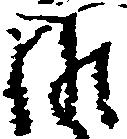
候